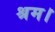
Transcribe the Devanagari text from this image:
श्रम।